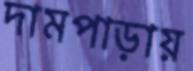
দামপাড়ায়